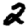
Digit: 2